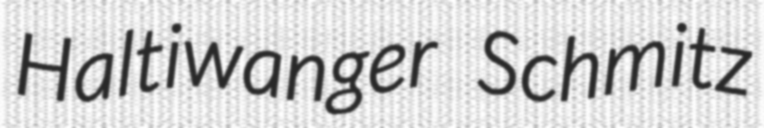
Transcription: Haltiwanger Schmitz